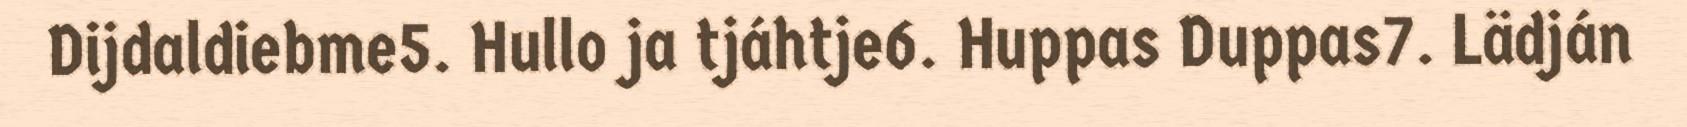
Dijdaldiebme5. Hullo ja tjáhtje6. Huppas Duppas7. Lädján